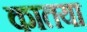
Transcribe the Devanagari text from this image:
कातया